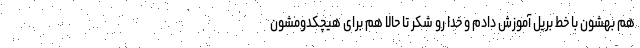
هم بهشون با خط بریل آموزش دادم و خدا رو شکر تا حالا هم برای هیچکدومشون